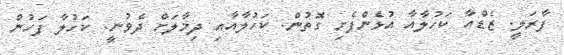
ފާރަލީ. ޒެޑްއާ ކަހުލާއާ އުޅެންފެށި ގޮތުން. ކަހުލާއާއި ދިމާލަށް ދެވުނީ. ކަހުލާ ފަހުން